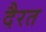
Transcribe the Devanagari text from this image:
दैरत